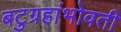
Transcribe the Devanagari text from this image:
बटुग्रहांभोवती